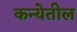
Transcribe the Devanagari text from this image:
कन्येतील